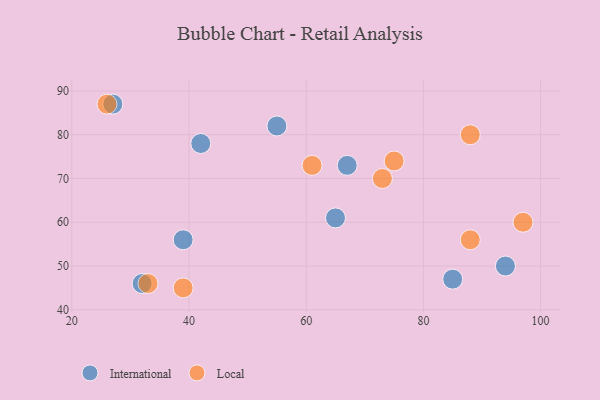
{"axis": {"x": "GDP", "y": "Life Expectancy"}, "legend": ["International", "Local"], "data": [{"x": "42", "y": 78, "type": "International"}, {"x": "39", "y": 56, "type": "International"}, {"x": "27", "y": 87, "type": "International"}, {"x": "55", "y": 82, "type": "International"}, {"x": "32", "y": 46, "type": "International"}, {"x": "94", "y": 50, "type": "International"}, {"x": "67", "y": 73, "type": "International"}, {"x": "65", "y": 61, "type": "International"}, {"x": "85", "y": 47, "type": "International"}, {"x": "88", "y": 80, "type": "Local"}, {"x": "88", "y": 56, "type": "Local"}, {"x": "97", "y": 60, "type": "Local"}, {"x": "39", "y": 45, "type": "Local"}, {"x": "73", "y": 70, "type": "Local"}, {"x": "33", "y": 46, "type": "Local"}, {"x": "75", "y": 74, "type": "Local"}, {"x": "61", "y": 73, "type": "Local"}, {"x": "26", "y": 87, "type": "Local"}]}